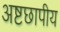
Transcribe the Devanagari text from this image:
अष्टछापीय